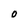
Character: O